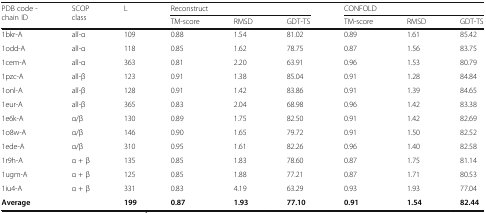
| <ROWSPAN=2> PDB code - chain ID | <ROWSPAN=2> SCOP class | <ROWSPAN=2> L | <COLSPAN=3> Reconstruct | <COLSPAN=3> CONFOLD |
 | TM-score | RMSD | GDT-TS | TM-score | RMSD | GDT-TS |
 | --- | --- | --- | --- | --- | --- | --- | --- | --- |
 | 1bkr-A | all-α | 109 | 0.88 | 1.54 | 81.02 | 0.89 | 1.61 | 85.42 |
 | 1odd-A | all-α | 118 | 0.85 | 1.62 | 78.75 | 0.87 | 1.56 | 83.75 |
 | 1cem-A | all-α | 363 | 0.81 | 2.20 | 63.91 | 0.96 | 1.53 | 80.79 |
 | 1pzc-A | all-β | 123 | 0.91 | 1.38 | 85.04 | 0.91 | 1.28 | 84.84 |
 | 1onl-A | all-β | 128 | 0.91 | 1.42 | 83.86 | 0.91 | 1.39 | 84.65 |
 | 1eur-A | all-β | 365 | 0.83 | 2.04 | 68.98 | 0.96 | 1.42 | 83.38 |
 | 1e6k-A | α/β | 130 | 0.89 | 1.75 | 82.50 | 0.91 | 1.42 | 82.69 |
 | 1o8w-A | α/β | 146 | 0.90 | 1.65 | 79.72 | 0.91 | 1.50 | 82.52 |
 | 1ede-A | α/β | 310 | 0.95 | 1.61 | 82.26 | 0.96 | 1.40 | 82.58 |
 | 1r9h-A | α + β | 135 | 0.85 | 1.83 | 78.60 | 0.87 | 1.75 | 81.14 |
 | 1ugm-A | α + β | 125 | 0.85 | 1.88 | 77.21 | 0.87 | 1.71 | 80.53 |
 | 1iu4-A | α + β | 331 | 0.83 | 4.19 | 63.29 | 0.93 | 1.93 | 77.04 |
 | <COLSPAN=2> Average | 199 | 0.87 | 1.93 | 77.10 | 0.91 | 1.54 | 82.44 |